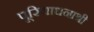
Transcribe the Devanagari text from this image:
पूरियाधनाश्री